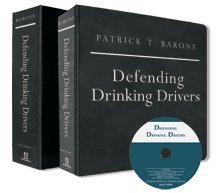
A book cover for Defending Drinking Drivers; Patrick T. Barone; Law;